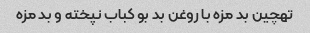
تهچین بد مزه با روغن بد بو کباب نپخته و بد مزه